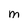
Character: m